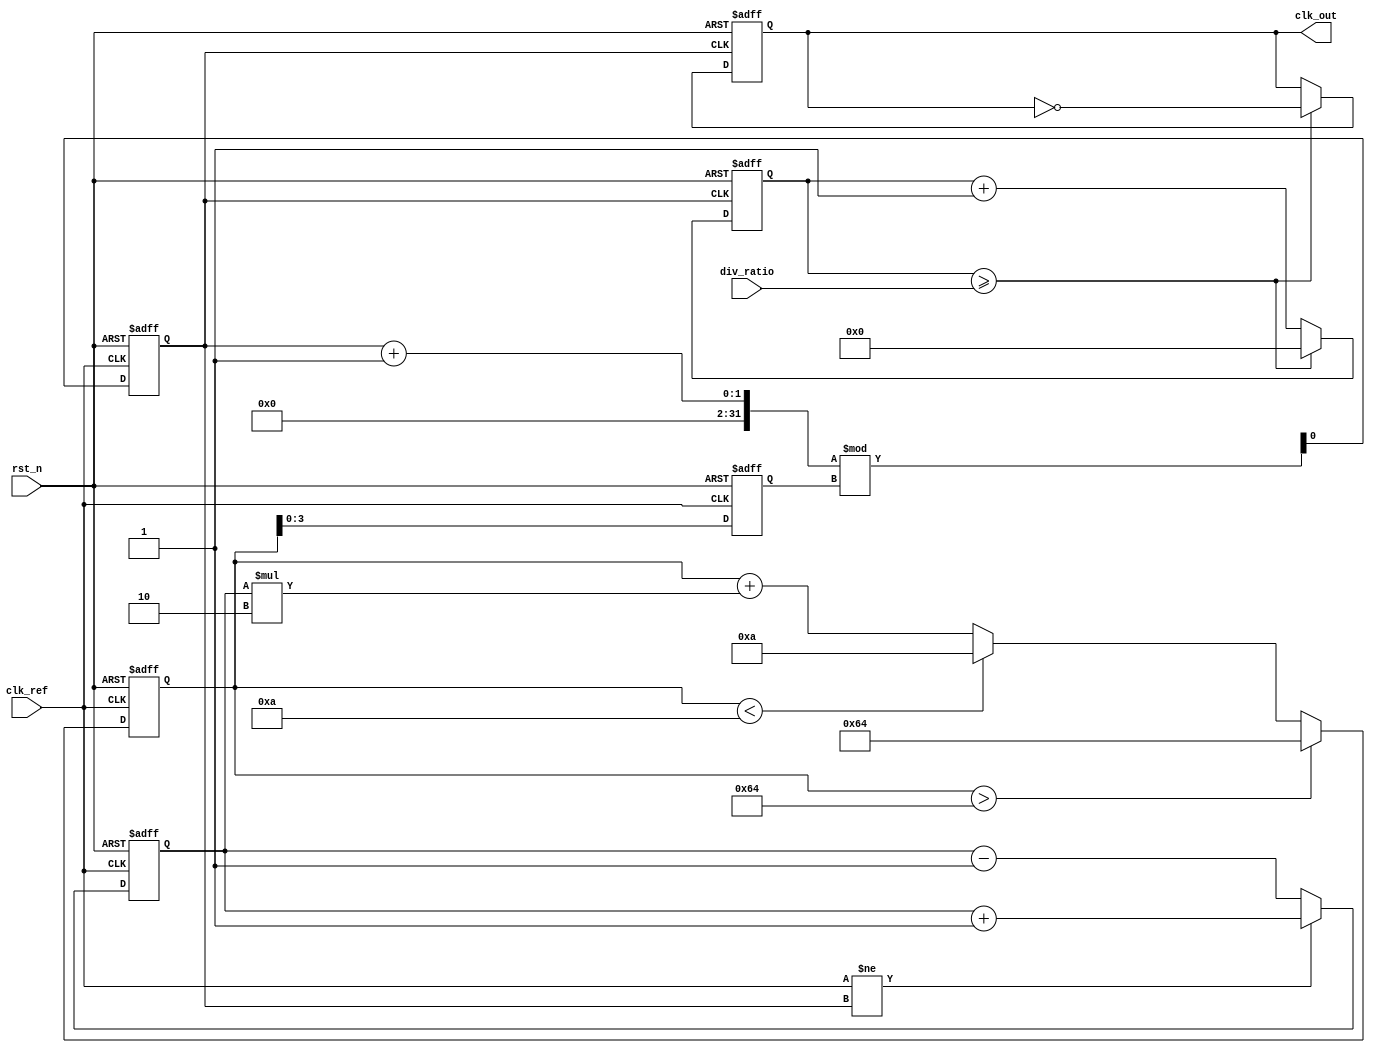
module type2_pll (
    input wire clk_ref,          // Reference clock input
    input wire rst_n,            // Active low reset
    input wire [3:0] div_ratio,  // Programmable division ratio for feedback
    output reg clk_out           // Output clock
);

// Parameters for the PLL
parameter VCO_MAX_FREQ = 100; // Max frequency for VCO
parameter VCO_MIN_FREQ = 10;   // Min frequency for VCO
parameter LOOP_FILTER_GAIN = 2; // Gain for loop filter

// Internal signals
reg [3:0] phase_error;          // Phase error signal from PD
reg [7:0] control_voltage;      // Control voltage for VCO
reg [3:0] vco_freq;             // Frequency of the VCO
reg clk_vco;                    // VCO output clock
reg [3:0] feedback_div;         // Feedback divider counter

// Phase Detector (PD)
always @(posedge clk_ref or negedge rst_n) begin
    if (!rst_n) begin
        phase_error <= 0;
    end else begin
        // Simple phase detection logic (for illustration)
        // In a real design, this would be more complex
        if (clk_ref != clk_vco) begin
            phase_error <= phase_error + 1; // Increment error if phase is not aligned
        end else begin
            phase_error <= phase_error - 1; // Decrement error if phase is aligned
        end
    end
end

// Loop Filter (LF)
always @(posedge clk_ref or negedge rst_n) begin
    if (!rst_n) begin
        control_voltage <= 0;
    end else begin
        // Simple first-order loop filter for illustration
        control_voltage <= control_voltage + (phase_error * LOOP_FILTER_GAIN);
        // Clamp control voltage to VCO limits
        if (control_voltage > VCO_MAX_FREQ) begin
            control_voltage <= VCO_MAX_FREQ;
        end else if (control_voltage < VCO_MIN_FREQ) begin
            control_voltage <= VCO_MIN_FREQ;
        end
    end
end

// Voltage-Controlled Oscillator (VCO)
always @(posedge clk_ref or negedge rst_n) begin
    if (!rst_n) begin
        vco_freq <= VCO_MIN_FREQ;
        clk_vco <= 0;
    end else begin
        // Adjust VCO frequency based on control voltage
        vco_freq <= control_voltage;
        // Generate VCO output clock based on frequency
        clk_vco <= (clk_vco + 1) % vco_freq; // Simple clock generation
    end
end

// Feedback Divider
always @(posedge clk_vco or negedge rst_n) begin
    if (!rst_n) begin
        feedback_div <= 0;
        clk_out <= 0;
    end else begin
        feedback_div <= feedback_div + 1;
        if (feedback_div >= div_ratio) begin
            feedback_div <= 0;
            clk_out <= ~clk_out; // Toggle output clock
        end
    end
end

endmodule